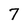
Character: 7